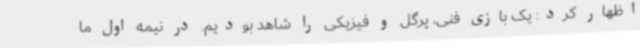
اظهار کرد: یک بازی فنی، پرگل و فیزیکی را شاهد بودیم. در نیمه اول ما